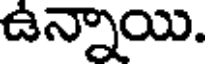
ఉన్నాయి.